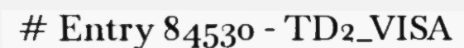
# Entry 84530 - TD2_VISA